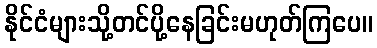
နိုင်ငံများသို့တင်ပို့နေခြင်းမဟုတ်ကြပေ။